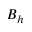
B _ { h }